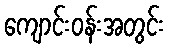
ကျောင်းဝန်းအတွင်း